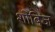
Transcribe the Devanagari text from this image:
शोबिज